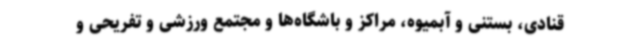
قنادی، بستنی و آبمیوه، مراکز و باشگاه‌ها و مجتمع ورزشی و تفریحی و